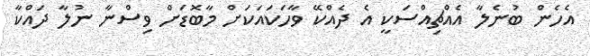
އެހެން ބުނެލާ އެއްޗިއްސަކީ އެ ދެއްކޭ ވާހަކައަކަށް މާބޮޑަށް ވިސްނާ ނުލާ ދައްކާ